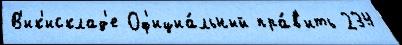
В'ик'исклад'е Оф'ициа́льный пра́в'ить 234